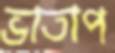
ভাতাপ